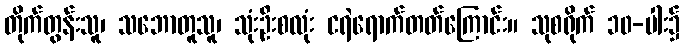
တိုက်တွန်းသူ၊ သဘောတူသူ၊ သုံးဦးစလုံး ငရဲရောက်တတ်ကြောင်း။ သုစရိုက် ၁၀-ပါး၌